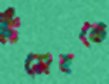
টিসেবকে